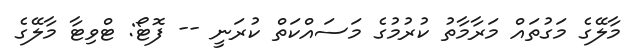
މާލޭގެ މަގުތައް މަރާމާތު ކުރުމުގެ މަސައްކަތް ކުރަނީ -- ފޮޓޯ: ޓްވިޓާ މާލޭގެ